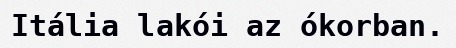
Itália lakói az ókorban.